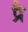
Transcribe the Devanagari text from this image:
प्रै